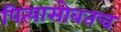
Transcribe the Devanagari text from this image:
पित्यासोबतच